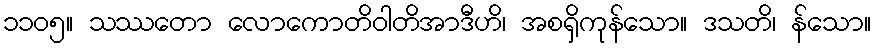
၁၁၀၅။ သဿတော လောကောတိဝါတိအာဒီဟိ၊ အစရှိကုန်သော။ ဒသတိ၊ န်သော။